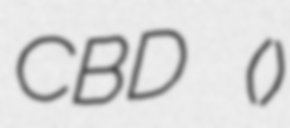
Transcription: CBD (武汉中央商务区)